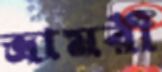
ভ্রামরী